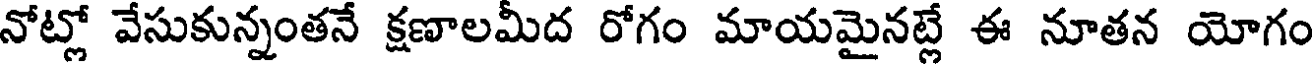
నోట్లో వేసుకున్నంతనే క్షణాలమీద రోగం మాయమైనట్లే ఈ నూతన యోగం